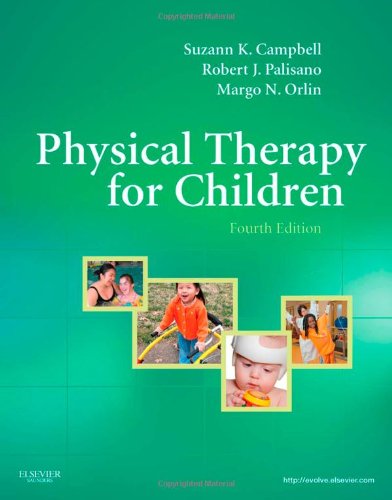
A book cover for Physical Therapy for Children, 4e; Suzann K. Campbell PT  PhD  FAPTA; Medical Books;